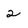
Character: 2